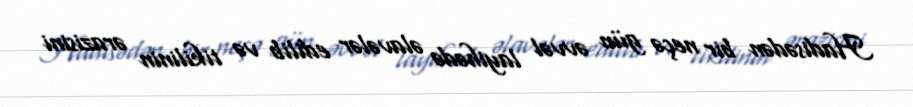
Hadisədən bir neçə gün əvvəl layihədə əlavələr edilib və tikilinin ərazisini